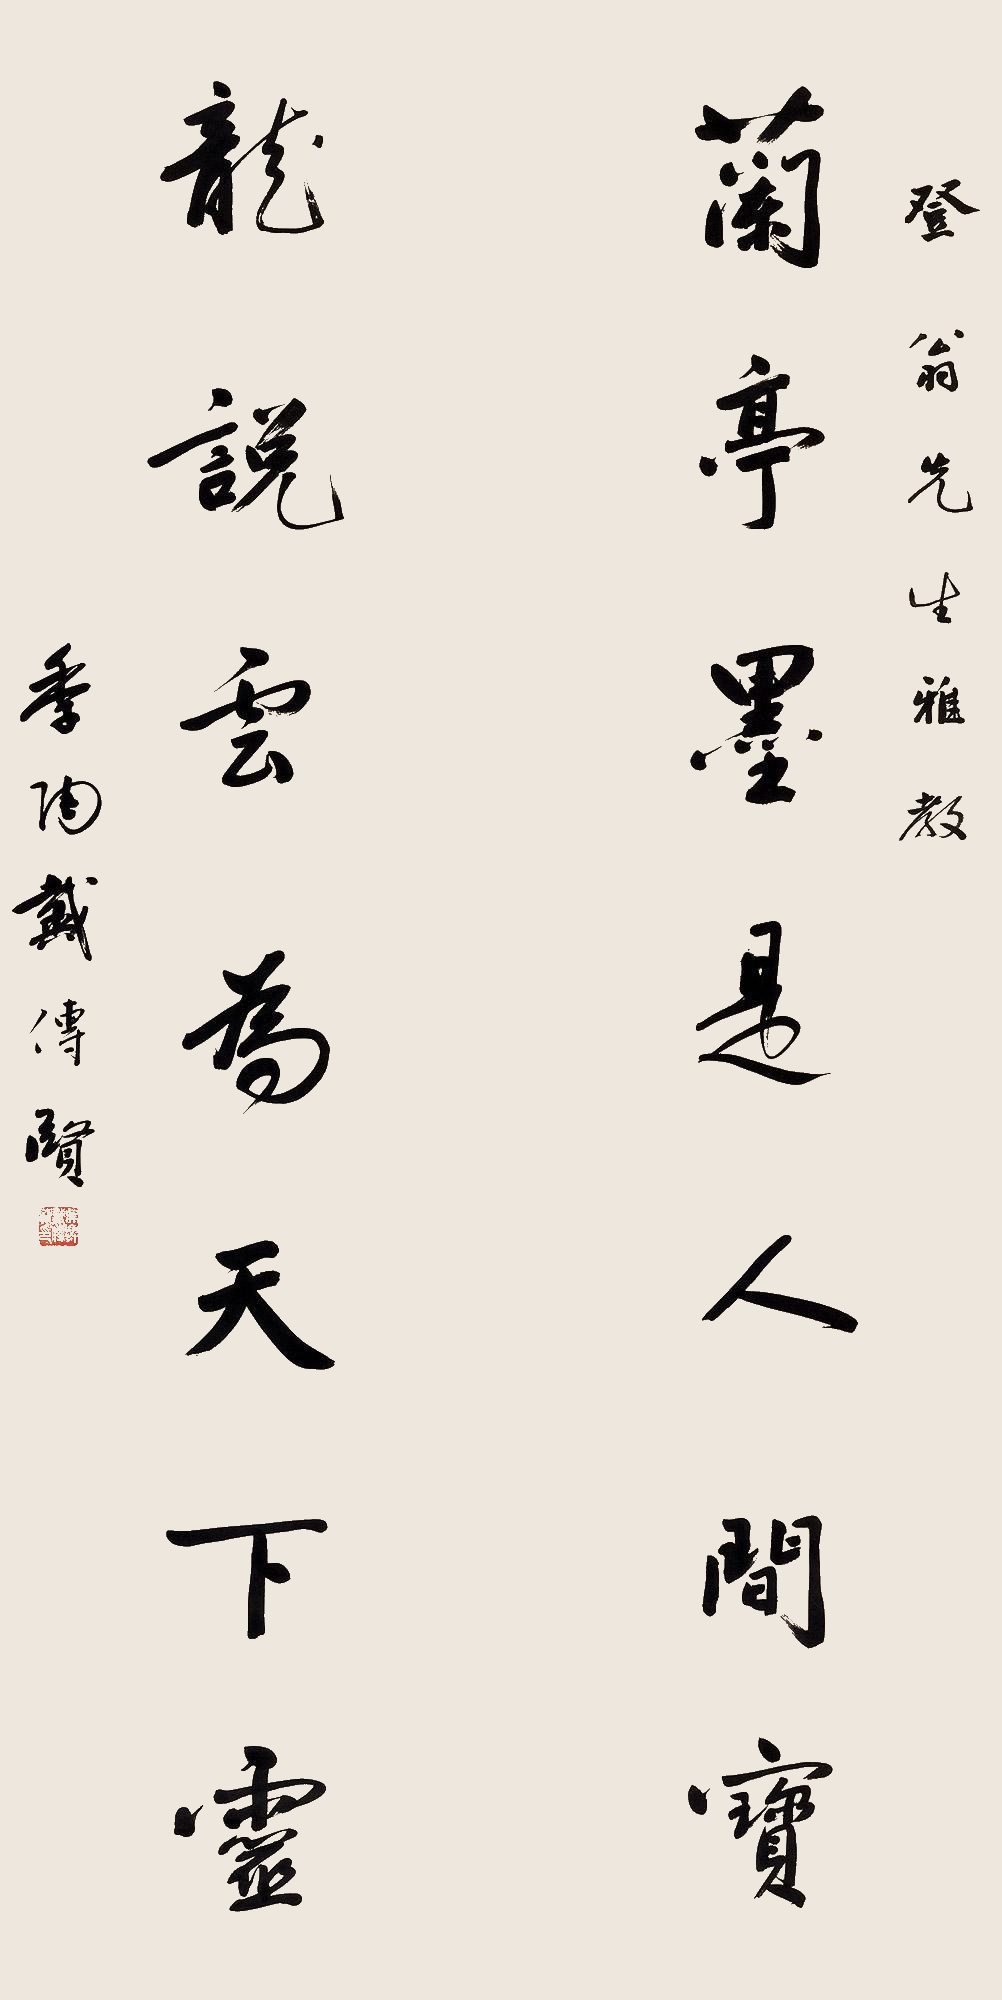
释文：兰亭墨是人间宝，龙说云为天下灵。登翁先生雅教。季陶戴传贤。